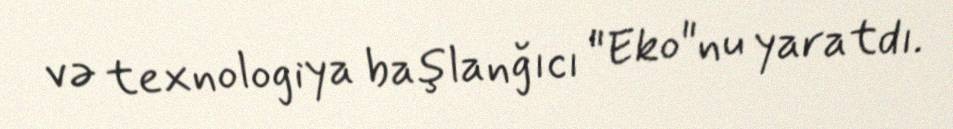
və texnologiya başlanğıcı "Eko"nu yaratdı.